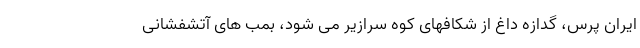
ایران پرس، گدازه داغ از شکافهای کوه سرازیر می شود، بمب های آتشفشانی